Civil Veterinary Dept. Bombay admin report 1923-31 - 1923-1931
Year: 1923
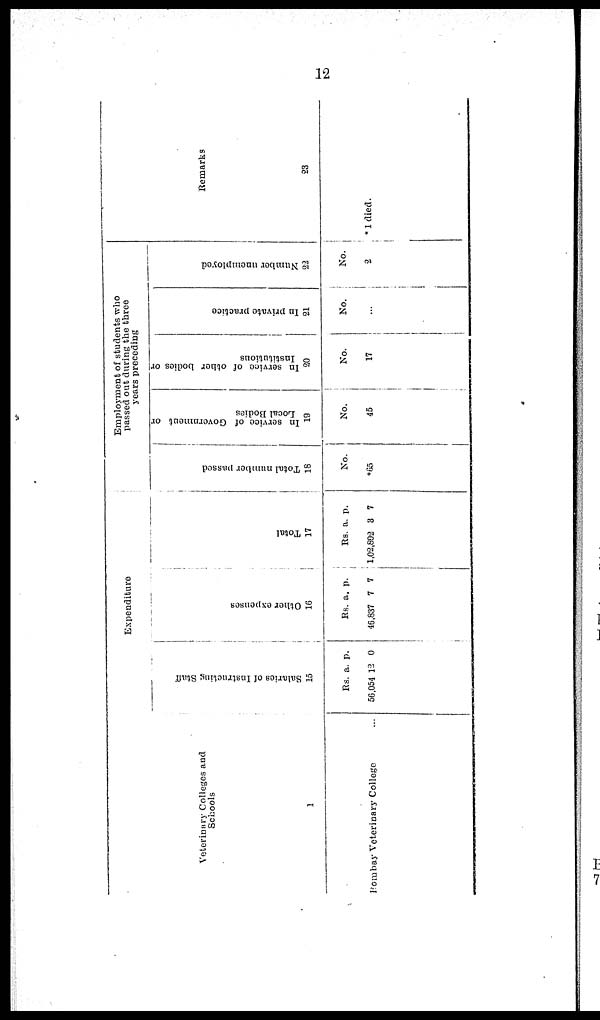
12
Veterinary Colleges and
Schools
1
Bombay Veterinary College
Expenditure.
Sal ar i
es of I ns t
r uct i
ng St af f
15
Rs.
56,054
a.
12
p.
0
Ot her e xpe ns e s
16
Rs.
46,837
a.
7
p.
7
Tot al
17
Rs.
1,02,892
a.
3
p.
7
Employment of students who
passed out during the three
years preceding
Total number passed
18
No.
*65
In service of Government or
Local Bodies
19
No.
45
In service of other bodies or
Institutions
20
No.
17
In private practice
21
No.
...
Number unemployed
22
No.
2
Remarks
23
*1 died.